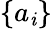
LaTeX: \left\{ a_{\mathit{i}}\right\}